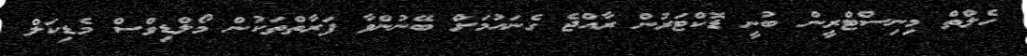
ހެލްތް މިނިސްޓްރީން ބުނީ ޑޮކްޓަރުން ރާއްޖެ ގެނައުމަށް ބޭނުންވާ ފަރާތްތަކުން މޯލްޑިވްސް މެޑިކަލް